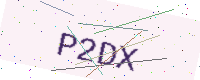
Text: P2DX